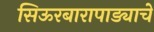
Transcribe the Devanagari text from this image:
सिऊरबारापाड्याचे